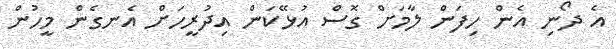
އެ ދޯނި އެން ހިފަން ލާމަށް ގޮސް އުޅޭކަން އިދުރީހަށް އެނގެން މީހުން